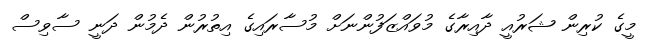
މީގެ ކުރިން ޝަރުއީ ދާއިރާގެ މުވައްޒަފުންނަށް މުސާރައިގެ އިތުރުން ދެމުން ދަނީ ސާވިސް